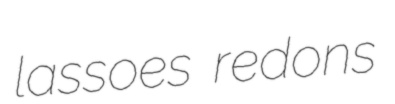
lassoes redons